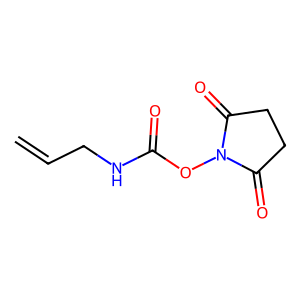
SMILES: C=CCNC(=O)ON1C(=O)CCC1=O
Inhibits HIV replication: No